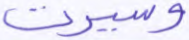
وسيرت